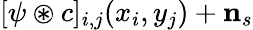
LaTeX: [\psi\circledast c]_{i,j}(x_{i},y_{j})+\mathbf n_{s}